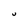
Character: U